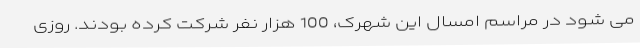
می شود در مراسم امسال این شهرک، 100 هزار نفر شرکت کرده بودند. روزى